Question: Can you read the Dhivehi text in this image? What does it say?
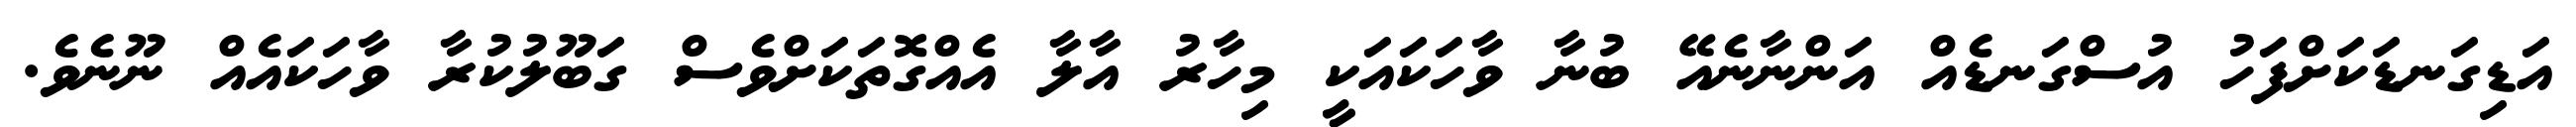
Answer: އަޑިގަނޑަކަށްފަހު އުސްގަނޑެއް އަންނާނެއޭ ބުނާ ވާހަކައަކީ މިހާރު އާލާ އެއްގޮތަކަށްވެސް ގަބޫލުކުރާ ވާހަކައެއް ނޫނެވެ.